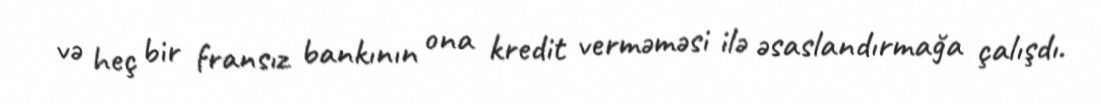
və heç bir fransız bankının ona kredit verməməsi ilə əsaslandırmağa çalışdı.